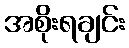
အစိုးရချင်း